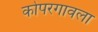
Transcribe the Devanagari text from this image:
कोपरगावला